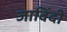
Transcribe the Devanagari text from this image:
जाविंदी